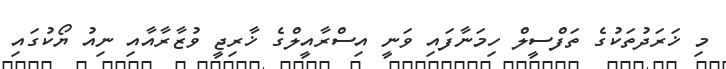
މި ޚަރަދުތަކުގެ ތަފްސީލް ހިމަނާފައި ވަނީ އިސްރާއީލްގެ ޚާރިޖީ ވުޒާރާއާއި ނިއު ޔޯކުގައި